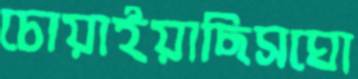
চোয়াইয়াছিসঘো